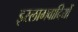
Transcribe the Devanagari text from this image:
इस्लामवादियों